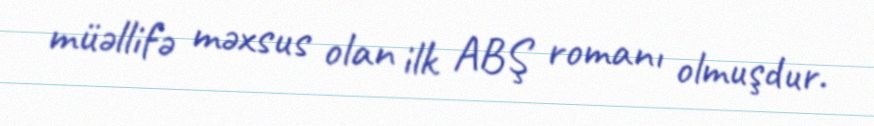
müəllifə məxsus olan ilk ABŞ romanı olmuşdur.